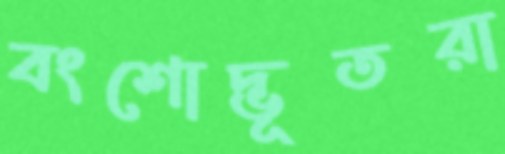
বংশোদ্ভূতরা